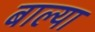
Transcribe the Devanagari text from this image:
बाल्या